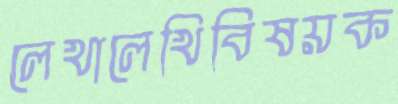
লেখালেখিবিষয়ক